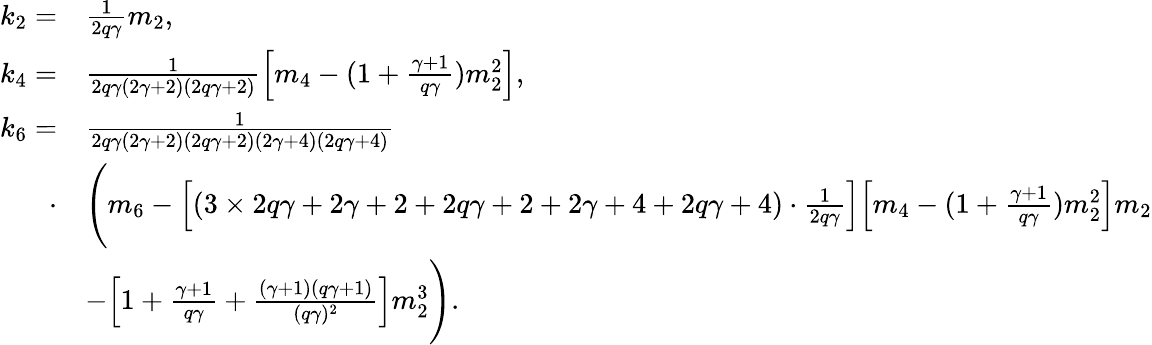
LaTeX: \begin{array}{rl}{k_{2}=}&{\frac{1}{2q\gamma}m_{2},}\\ {k_{4}=}&{\frac{1}{2q\gamma(2\gamma+2)(2q\gamma+2)}\Big[m_{4}-(1+\frac{\gamma+1}{q\gamma})m_{2}^{2}\Big],}\\ {k_{6}=}&{\frac{1}{2q\gamma(2\gamma+2)(2q\gamma+2)(2\gamma+4)(2q\gamma+4)}}\\ {\cdot}&{\Bigg(m_{6}-\Big[(3\times 2q\gamma+2\gamma+2+2q\gamma+2+2\gamma+4+2q\gamma+4)\cdot\frac{1}{2q\gamma}\Big]\Big[m_{4}-(1+\frac{\gamma+1}{q\gamma})m_{2}^{2}\Big]m_{2}}\\ &{-\Big[1+\frac{\gamma+1}{q\gamma}+\frac{(\gamma+1)(q\gamma+1)}{(q\gamma)^{2}}\Big]m_{2}^{3}\Bigg).}\end{array}